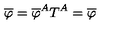
\overline { { \varphi } } = \overline { { \varphi } } ^ { A } T ^ { A } = \overline { { \varphi } }